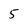
Character: 5